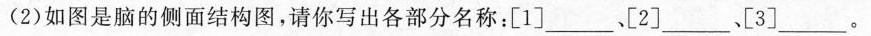
(2)如图是脑的侧面结构图，请你写出各部分名称：[1]___、[2]、___[3]___。